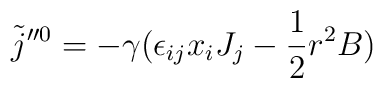
\tilde{j}''^{0}=-\gamma (\epsilon_{ij}x_{i}J_{j}-\frac{1}{2}r^{2}B)